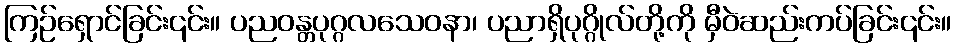
ကြဉ်ရှောင်ခြင်း၎င်း။ ပညဝန္တပုဂ္ဂလသေဝနာ၊ ပညာရှိပုဂ္ဂိုလ်တို့ကို မှီဝဲဆည်းကပ်ခြင်း၎င်း။